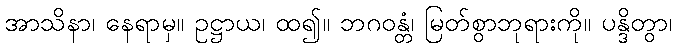
အာသိနာ၊ နေရာမှ။ ဥဋ္ဌာယ၊ ထ၍။ ဘဂဝန္တံ၊ မြတ်စွာဘုရားကို။ ပန္ဒိတွာ၊